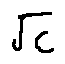
\sqrt { c }